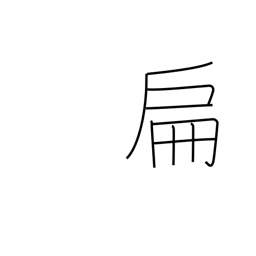
Meaning: small